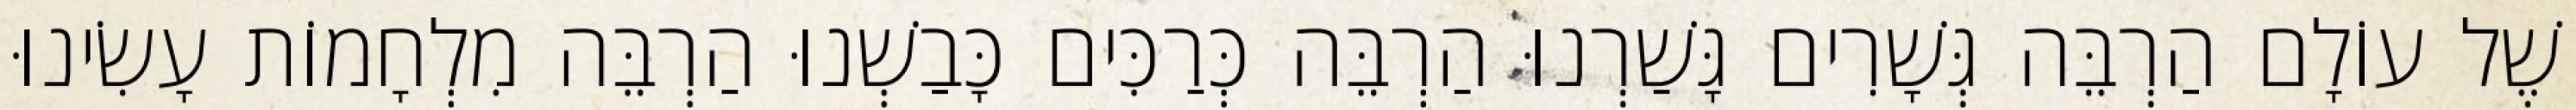
שֶׁל עוֹלָם הַרְבֵּה גְּשָׁרִים גָּשַׁרְנוּ הַרְבֵּה כְּרַכִּים כָּבַשְׁנוּ הַרְבֵּה מִלְחָמוֹת עָשִׂינוּ